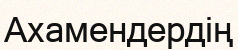
Ахамендердің